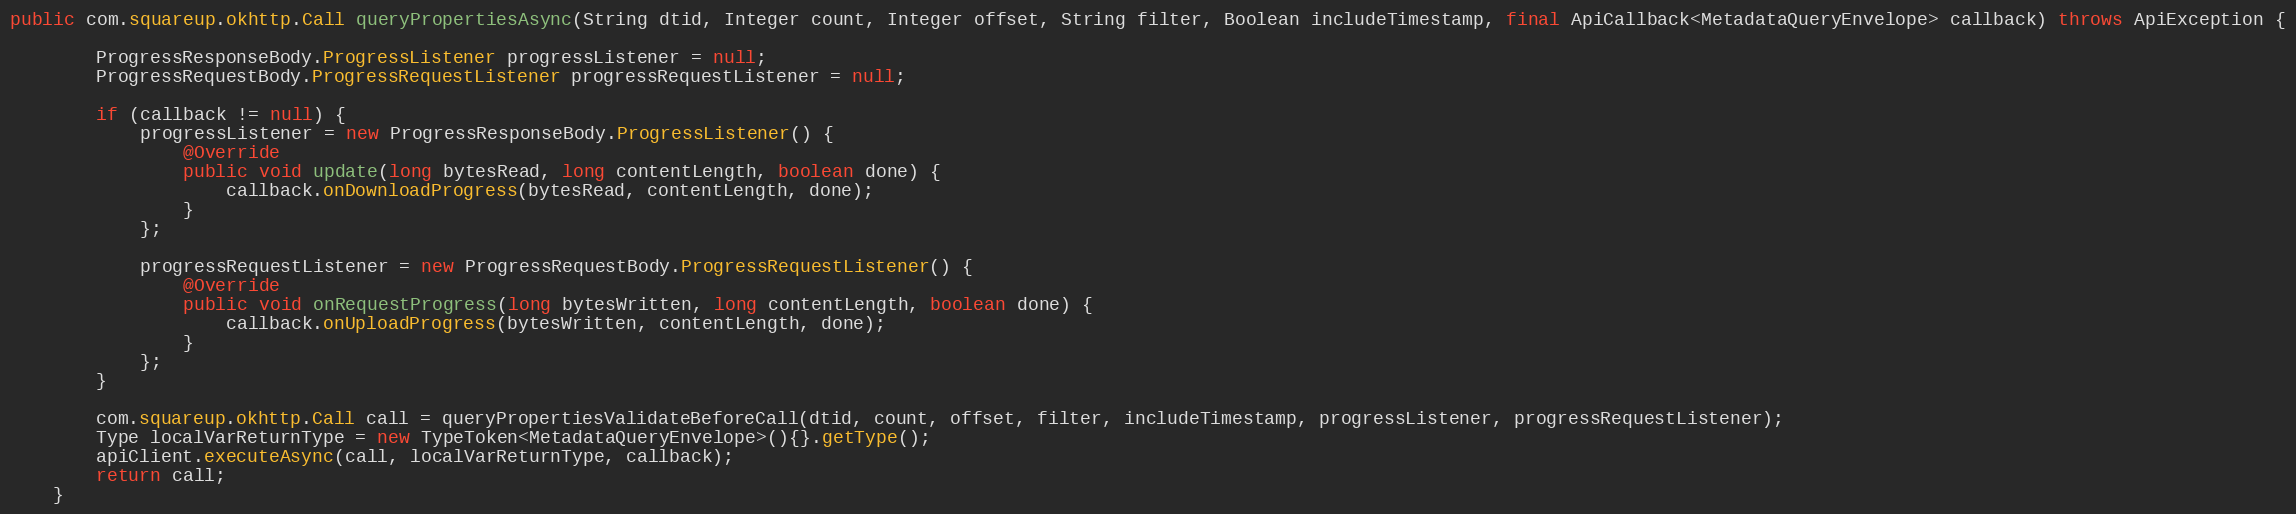
Language: Java
public com.squareup.okhttp.Call queryPropertiesAsync(String dtid, Integer count, Integer offset, String filter, Boolean includeTimestamp, final ApiCallback<MetadataQueryEnvelope> callback) throws ApiException {

        ProgressResponseBody.ProgressListener progressListener = null;
        ProgressRequestBody.ProgressRequestListener progressRequestListener = null;

        if (callback != null) {
            progressListener = new ProgressResponseBody.ProgressListener() {
                @Override
                public void update(long bytesRead, long contentLength, boolean done) {
                    callback.onDownloadProgress(bytesRead, contentLength, done);
                }
            };

            progressRequestListener = new ProgressRequestBody.ProgressRequestListener() {
                @Override
                public void onRequestProgress(long bytesWritten, long contentLength, boolean done) {
                    callback.onUploadProgress(bytesWritten, contentLength, done);
                }
            };
        }

        com.squareup.okhttp.Call call = queryPropertiesValidateBeforeCall(dtid, count, offset, filter, includeTimestamp, progressListener, progressRequestListener);
        Type localVarReturnType = new TypeToken<MetadataQueryEnvelope>(){}.getType();
        apiClient.executeAsync(call, localVarReturnType, callback);
        return call;
    }